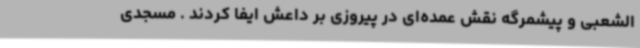
الشعبی و پیشمرگه نقش عمده‌ای در پیروزی بر داعش ایفا کردند . مسجدی